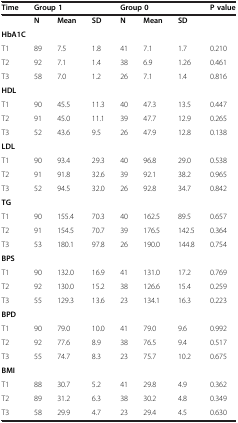
<table><thead><tr><td><b>Time</b></td><td colspan="3"><b>Group 1</b></td><td colspan="3"><b>Group 0</b></td><td><b>P value</b></td></tr></thead><tbody><tr><td> </td><td><b>N</b></td><td><b>Mean</b></td><td><b>SD</b></td><td><b>N</b></td><td><b>Mean</b></td><td><b>SD</b></td><td> </td></tr><tr><td colspan="8"><b>HbA1C</b></td></tr><tr><td>T1</td><td>89</td><td>7.5</td><td>1.8</td><td>41</td><td>7.1</td><td>1.7</td><td>0.210</td></tr><tr><td>T2</td><td>92</td><td>7.1</td><td>1.4</td><td>38</td><td>6.9</td><td>1.26</td><td>0.461</td></tr><tr><td>T3</td><td>58</td><td>7.0</td><td>1.2</td><td>26</td><td>7.1</td><td>1.4</td><td>0.816</td></tr><tr><td colspan="8"><b>HDL</b></td></tr><tr><td>T1</td><td>90</td><td>45.5</td><td>11.3</td><td>40</td><td>47.3</td><td>13.5</td><td>0.447</td></tr><tr><td>T2</td><td>91</td><td>45.0</td><td>11.1</td><td>39</td><td>47.7</td><td>12.9</td><td>0.265</td></tr><tr><td>T3</td><td>52</td><td>43.6</td><td>9.5</td><td>26</td><td>47.9</td><td>12.8</td><td>0.138</td></tr><tr><td colspan="8"><b>LDL</b></td></tr><tr><td>T1</td><td>90</td><td>93.4</td><td>29.3</td><td>40</td><td>96.8</td><td>29.0</td><td>0.538</td></tr><tr><td>T2</td><td>91</td><td>91.8</td><td>32.6</td><td>39</td><td>92.1</td><td>38.2</td><td>0.965</td></tr><tr><td>T3</td><td>52</td><td>94.5</td><td>32.0</td><td>26</td><td>92.8</td><td>34.7</td><td>0.842</td></tr><tr><td colspan="8"><b>TG</b></td></tr><tr><td>T1</td><td>90</td><td>155.4</td><td>70.3</td><td>40</td><td>162.5</td><td>89.5</td><td>0.657</td></tr><tr><td>T2</td><td>91</td><td>154.5</td><td>70.7</td><td>39</td><td>176.5</td><td>142.5</td><td>0.364</td></tr><tr><td>T3</td><td>53</td><td>180.1</td><td>97.8</td><td>26</td><td>190.0</td><td>144.8</td><td>0.754</td></tr><tr><td colspan="8"><b>BPS</b></td></tr><tr><td>T1</td><td>90</td><td>132.0</td><td>16.9</td><td>41</td><td>131.0</td><td>17.2</td><td>0.769</td></tr><tr><td>T2</td><td>92</td><td>130.0</td><td>15.2</td><td>38</td><td>126.6</td><td>15.4</td><td>0.259</td></tr><tr><td>T3</td><td>55</td><td>129.3</td><td>13.6</td><td>23</td><td>134.1</td><td>16.3</td><td>0.223</td></tr><tr><td colspan="8"><b>BPD</b></td></tr><tr><td>T1</td><td>90</td><td>79.0</td><td>10.0</td><td>41</td><td>79.0</td><td>9.6</td><td>0.992</td></tr><tr><td>T2</td><td>92</td><td>77.6</td><td>8.9</td><td>38</td><td>76.5</td><td>9.4</td><td>0.517</td></tr><tr><td>T3</td><td>55</td><td>74.7</td><td>8.3</td><td>23</td><td>75.7</td><td>10.2</td><td>0.675</td></tr><tr><td colspan="8"><b>BMI</b></td></tr><tr><td>T1</td><td>88</td><td>30.7</td><td>5.2</td><td>41</td><td>29.8</td><td>4.9</td><td>0.362</td></tr><tr><td>T2</td><td>89</td><td>31.2</td><td>6.3</td><td>38</td><td>30.2</td><td>4.8</td><td>0.349</td></tr><tr><td>T3</td><td>58</td><td>29.9</td><td>4.7</td><td>23</td><td>29.4</td><td>4.5</td><td>0.630</td></tr></tbody></table>